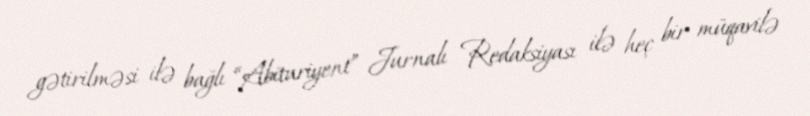
gətirilməsi ilə bağlı “Abituriyent” Jurnalı Redaksiyası ilə heç bir müqavilə